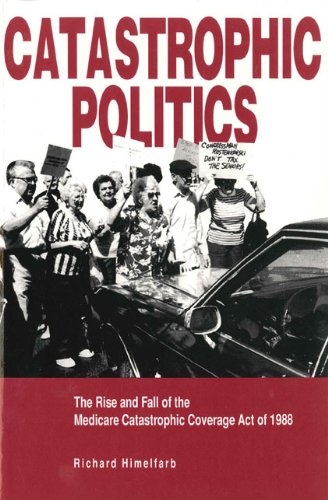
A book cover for Catastrophic Politics: The Rise and Fall of the Medicare Catastrophic Coverage Act of 1988; Richard Himelfarb; Medical Books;